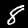
Digit: 8